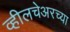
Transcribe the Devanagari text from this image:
व्हीलचेअरच्या